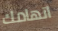
اتهامك